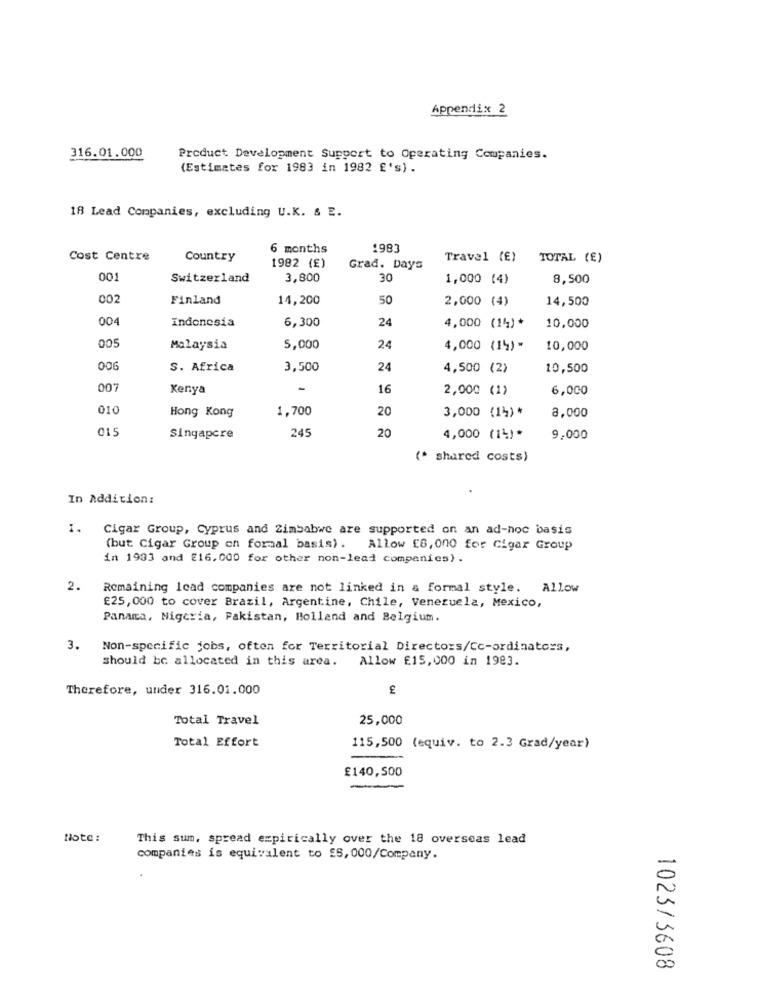
Appendix 2
316.01.000
Product Development Support to Operating Companies.
(Estimates for 1983 in 1982 E's) .
18 Lead Companies, excluding U.K. & 2.
6 months
198]
Cost Centre
Country
Travel (E)
TOTAL (E)
1982 (E)
Grad. Days
001
Switzerland
3,800
30
1,000 (4)
8,500
002
Finland
14,200
50
2,000 (4)
14,500
004
Indonesia
6,300
24
4,000 (14)*
10,000
005
Malaysia
5,000
24
4,000 (14) *
10,000
006
S. Africa
3,500
24
4,500 (2)
10,500
007
Kenya
16
2,000 (1)
6,000
010
1,700
20
3,000 (1%) *
Hong Kong
8,000
015
Singapore
245
20
4,000 (14)*
9,000
(* shared costs)
In Addition:
1.
Cigar Group, Cyprus and Zimbabwe are supported on an ad-hoc basis
(but Cigar Group on formal basis) . Allow £8,000 for Cigar Group
in 1933 and £16,000 for other non-lead companies) .
2.
Remaining Icad companies are not linked in & formal style. Allow
£25, 000 to cover Brazil, Argentine, Chile, Venezuela, Mexico,
Panama, Nigeria, Pakistan, Bollend and Belgium.
3.
Non-specific jobs, often for Territorial Directors/Cc-ordinators,
should be allocated in this area.
Allow £15,000 in 1983.
Therefore, under 316.01.000
Total Travel
25,000
Total Effort
115,500 (equiv. to 2.3 Grad/year)
£140,500
Note:
This sum, spread empirically over the 18 overseas lead
companies is equivalent to ES, 000/Company.
1023/3608